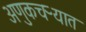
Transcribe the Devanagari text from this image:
अणुकचऱ्यात